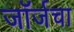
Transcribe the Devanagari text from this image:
जॉर्जचा